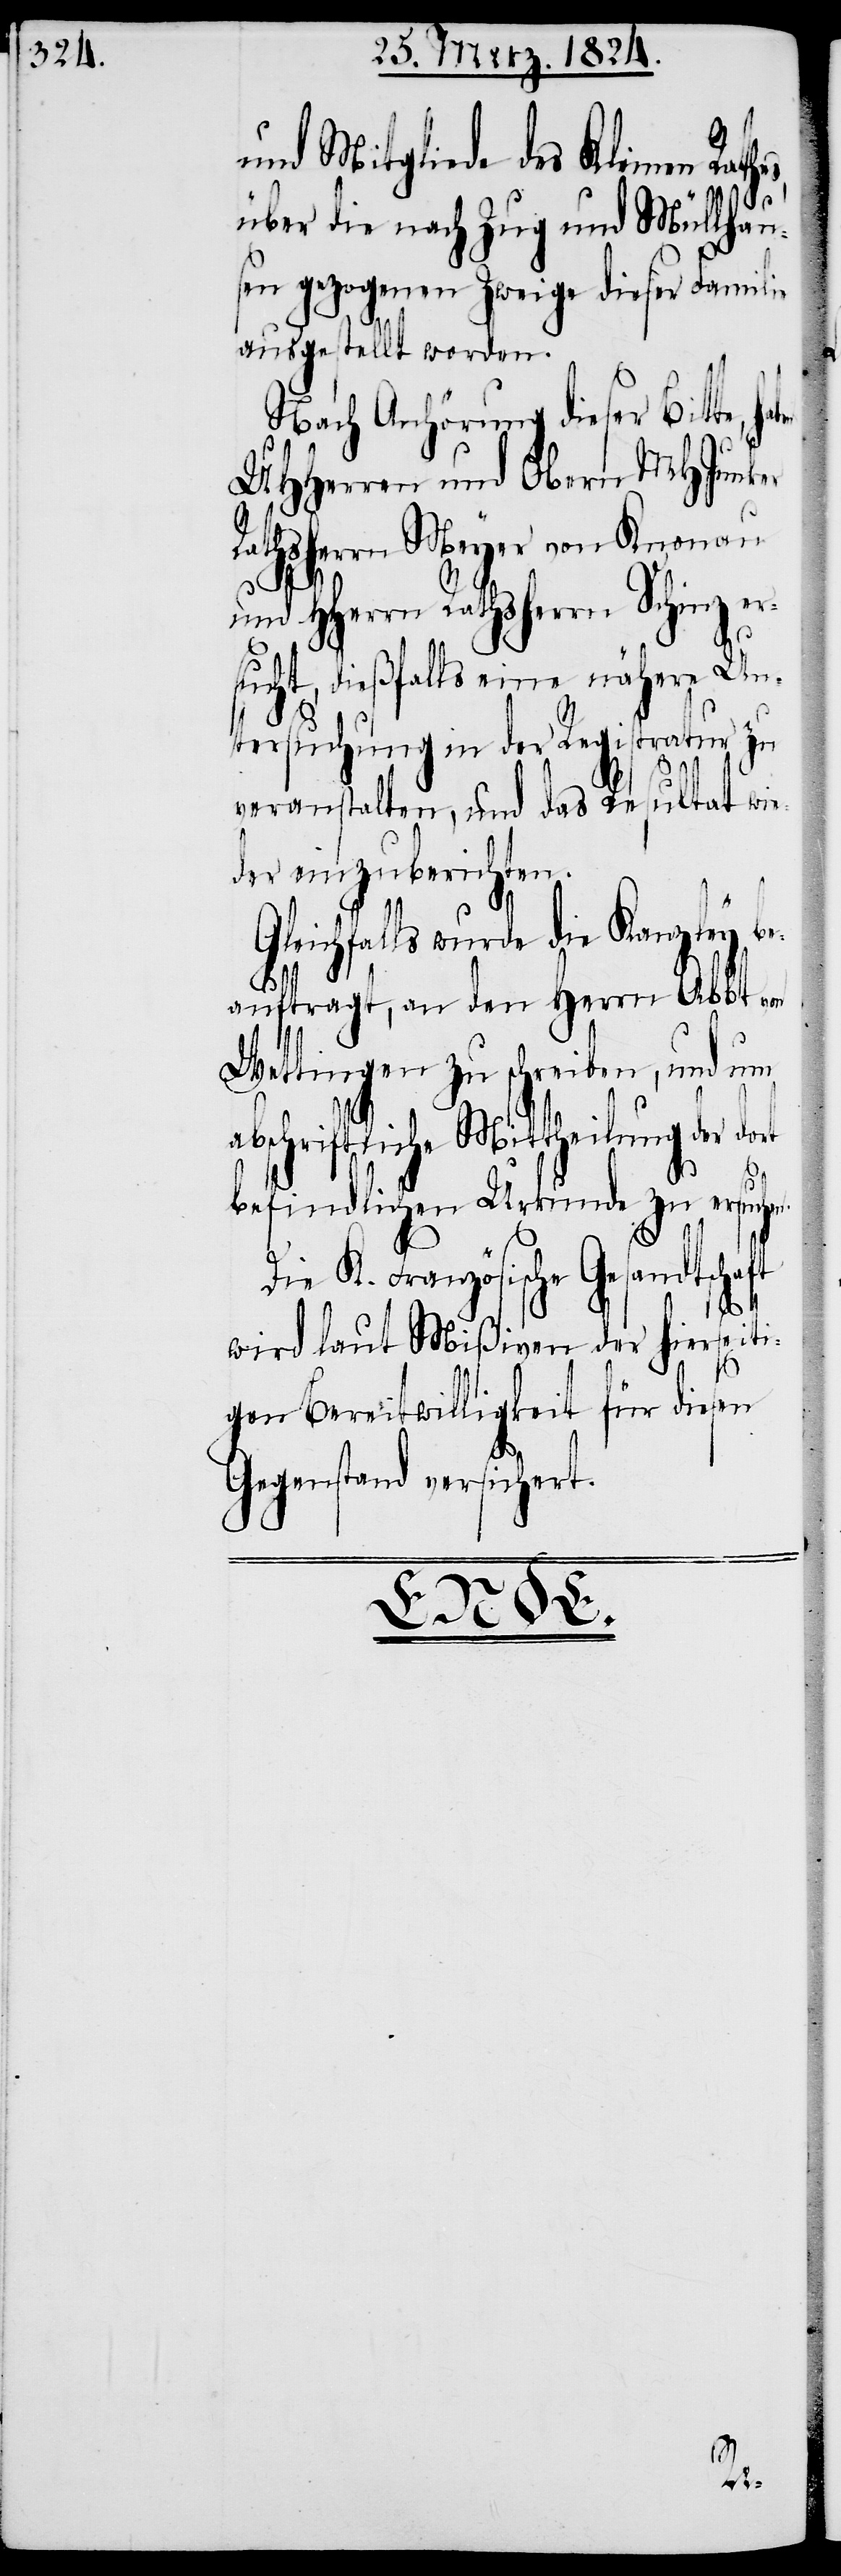
und Mitgliede des Kleinen Rat¬
über die nach Zug und Müllhau¬
sen gezogenen Zweige dieser Familie
ausgestellt worden.
Nach Anhörung dieser Bitte,
UHHerren und Obern MHJunker
Rathsherrn Meyer von Knonau
der
und HHerrn Rathsherrn
ucht, dießfalls eine nähere
ersuchung in der Registratur zu
hierseiti¬
veranstalten, und das Resultat
der einzuberichten.
Gleichfalls wurde die Kanzley b¬
eauftragt, an den Herrn Abbt
Wettingen zu schreiben, und um
schriftliche Mittheilung der
befindlichen Urkun¬
de
Die K. Französi¬
wird laut Mißiven
gen Bereitwilligkeit
Gegenstand versichert.

ab¬